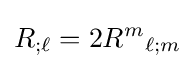
R_{;\ell }=2R^{m}{}_{\ell ;m}